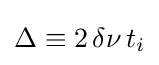
\Delta \equiv 2\,\delta \nu \,t_{i}